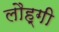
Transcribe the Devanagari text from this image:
लौह्गी